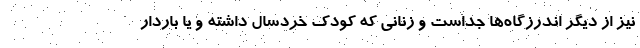
نیز از دیگر اندرزگاه‌ها جداست و زنانی که کودک خردسال داشته و یا باردار